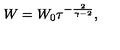
W = W _ { 0 } \tau ^ { - { \frac { 2 } { \gamma - 2 } } } ,